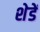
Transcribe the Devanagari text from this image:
शेडें